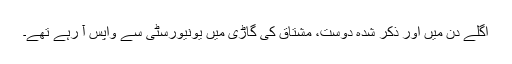
اگلے دن میں اور ذکر شدہ دوست، مشتاق کی گاڑی میں یونیورسٹی سے واپس آ رہے تھے۔